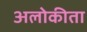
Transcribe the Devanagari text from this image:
अलोकीता